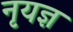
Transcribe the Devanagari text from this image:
नृयज्ञ